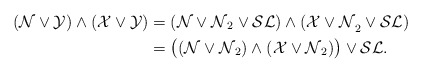
\begin{align*}\mathcal{(N\vee Y)\wedge(X\vee Y)}&=(\mathcal{N\vee N}_2\vee\mathcal{SL)\wedge(X\vee N}_2\vee\mathcal{SL})\\&=\bigl((\mathcal{N\vee N}_2)\wedge(\mathcal{X\vee N}_2)\bigr)\vee\mathcal{SL}\ldotp\end{align*}